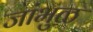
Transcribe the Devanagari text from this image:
जांभुळ